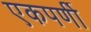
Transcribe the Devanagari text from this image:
एकपर्णी